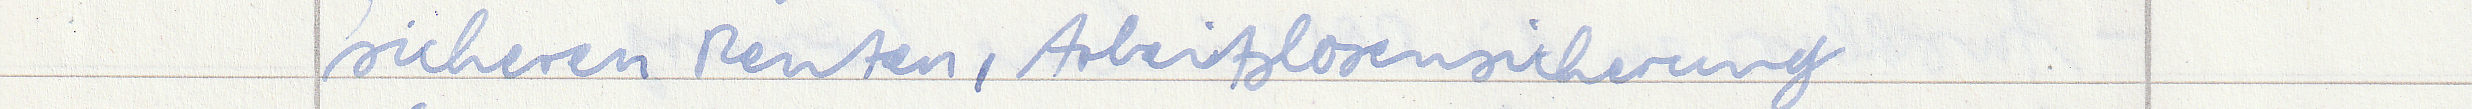
sicheren Renten, Arbeitslosenversicherung